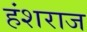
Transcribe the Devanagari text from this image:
हंशराज